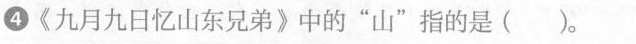
④\ll 九月九日忆山东兄弟\gg中的”山”指的是( )。